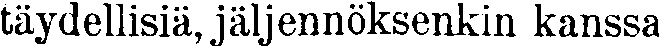
täydellisiä, jäljennöksenkin kanssa